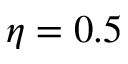
\eta = 0 . 5